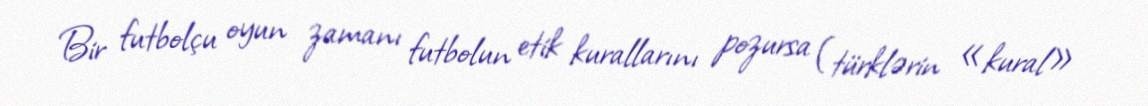
Bir futbolçu oyun zamanı futbolun etik kurallarını pozursa (türklərin «kural»